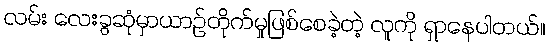
လမ်း လေးခွဆုံမှာယာဉ်တိုက်မှုဖြစ်စေခဲ့တဲ့ လူကို ရှာနေပါတယ်။